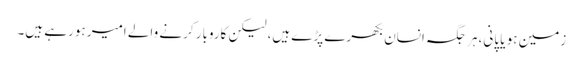
زمین ہو یا پانی، ہر جگہ انسان بکھرے پڑے ہیں، لیکن کاروبار کرنے والے امیر ہورہے ہیں۔